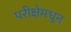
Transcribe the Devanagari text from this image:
परीक्षेमधून